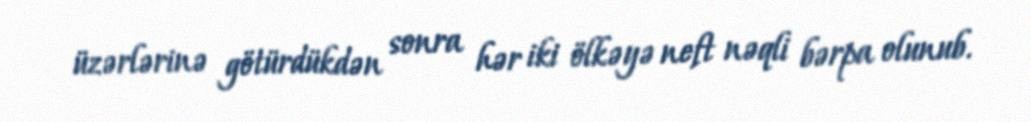
üzərlərinə götürdükdən sonra hər iki ölkəyə neft nəqli bərpa olunub.